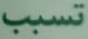
تسبب